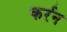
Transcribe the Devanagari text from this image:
कर्रन